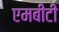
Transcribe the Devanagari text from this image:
एमबीटी